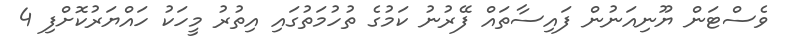
ވެސްޓަން ޔޫނިއަނުން ފައިސާތައް ފޭރުނު ކަމުގެ ތުހުމަތުގައި އިތުރު މީހަކު ހައްޔަރުކޮށްފި 4